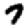
Digit: 7